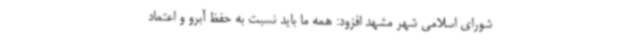
شورای اسلامی شهر مشهد افزود: همه ما باید نسبت به حفظ آبرو و اعتماد